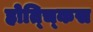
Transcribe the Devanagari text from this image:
होत्च्किस